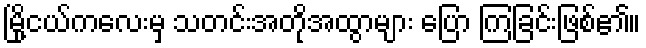
မြို့ငယ်ကလေးမှ သတင်းအတိုအထွာများ ပြော ကြခြင်းဖြစ်၏။